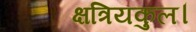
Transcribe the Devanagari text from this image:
क्षत्रियकुल।